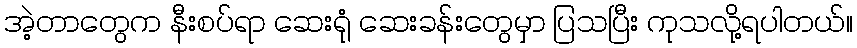
အဲ့တာတွေက နီးစပ်ရာ ဆေးရုံ ဆေးခန်းတွေမှာ ပြသပြီး ကုသလို့ရပါတယ်။